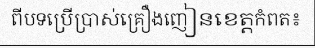
ពីបទប្រើប្រាស់គ្រឿងញៀនខេត្តកំពត៖